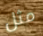
مثل